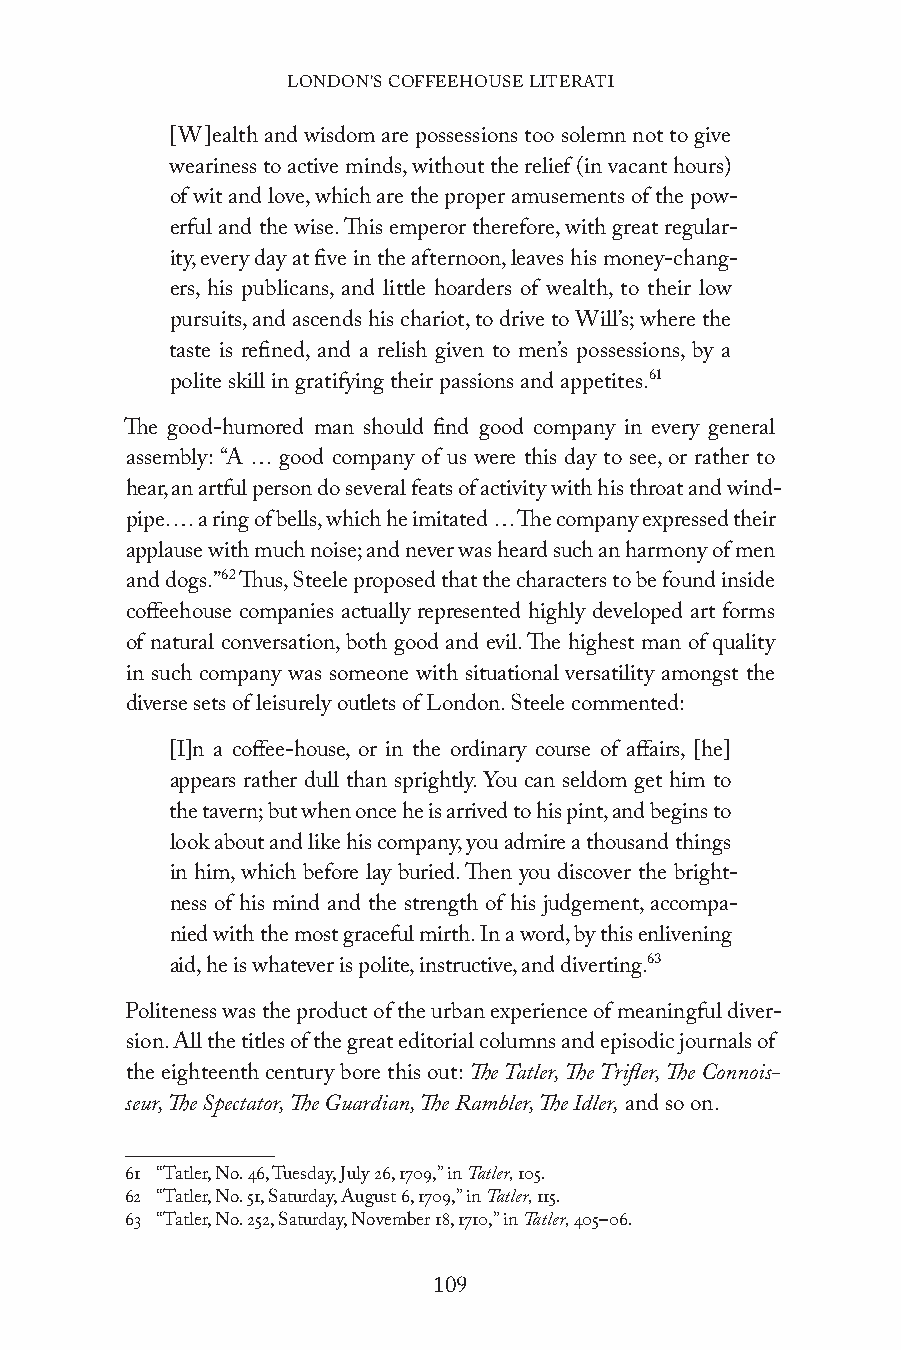
LONDON’S COFFEEHOUSE LITERATI
 [W]ealth and wisdom are possessions too solemn not to give
 weariness to active minds, without the relief (in vacant hours)
 of wit and love, which are the proper amusements of the pow-
 erful and the wise. This emperor therefore, with great regular-
 ity, every day at five in the afternoon, leaves his money-chang-
 ers, his publicans, and little hoarders of wealth, to their low
 pursuits, and ascends his chariot, to drive to Will’s; where the
 taste is refined, and a relish given to men’s possessions, by a
 polite skill in gratifying their passions and appetites.61
 The good-humored man should find good company in every general
 assembly: “A … good company of us were this day to see, or rather to
 hear, an artful person do several feats of activity with his throat and wind-
 pipe.… a ring of bells, which he imitated … The company expressed their
 applause with much noise; and never was heard such an harmony of men
 and dogs.”62 Thus, Steele proposed that the characters to be found inside
 coffeehouse companies actually represented highly developed art forms
 of natural conversation, both good and evil. The highest man of quality
 in such company was someone with situational versatility amongst the
 diverse sets of leisurely outlets of London. Steele commented:
 [I]n a coffee-house, or in the ordinary course of affairs, [he]
 appears rather dull than sprightly. You can seldom get him to
 the tavern; but when once he is arrived to his pint, and begins to
 look about and like his company, you admire a thousand things
 in him, which before lay buried. Then you discover the bright-
 ness of his mind and the strength of his judgement, accompa-
 nied with the most graceful mirth. In a word, by this enlivening
 aid, he is whatever is polite, instructive, and diverting.63
 Politeness was the product of the urban experience of meaningful diver-
 sion. All the titles of the great editorial columns and episodic journals of
 the eighteenth century bore this out: The Tatler, The Trifler, The Connois-
 seur, The Spectator, The Guardian, The Rambler, The Idler, and so on.
 61 “Tatler, No. 46, Tuesday, July 26, 1709,” in Tatler, 105.
 62 “Tatler, No. 51, Saturday, August 6, 1709,” in Tatler, 115.
 63 “Tatler, No. 252, Saturday, November 18, 1710,” in Tatler, 405–06.
 109